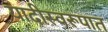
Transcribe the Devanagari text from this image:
यादीस्वरूपात